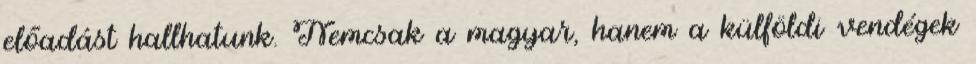
előadást hallhatunk. Nemcsak a magyar, hanem a külföldi vendégek